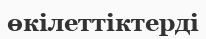
өкілеттіктерді